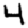
Digit: 4